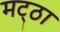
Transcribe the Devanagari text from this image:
मट्‌ठा